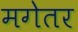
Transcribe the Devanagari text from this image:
मगेतर